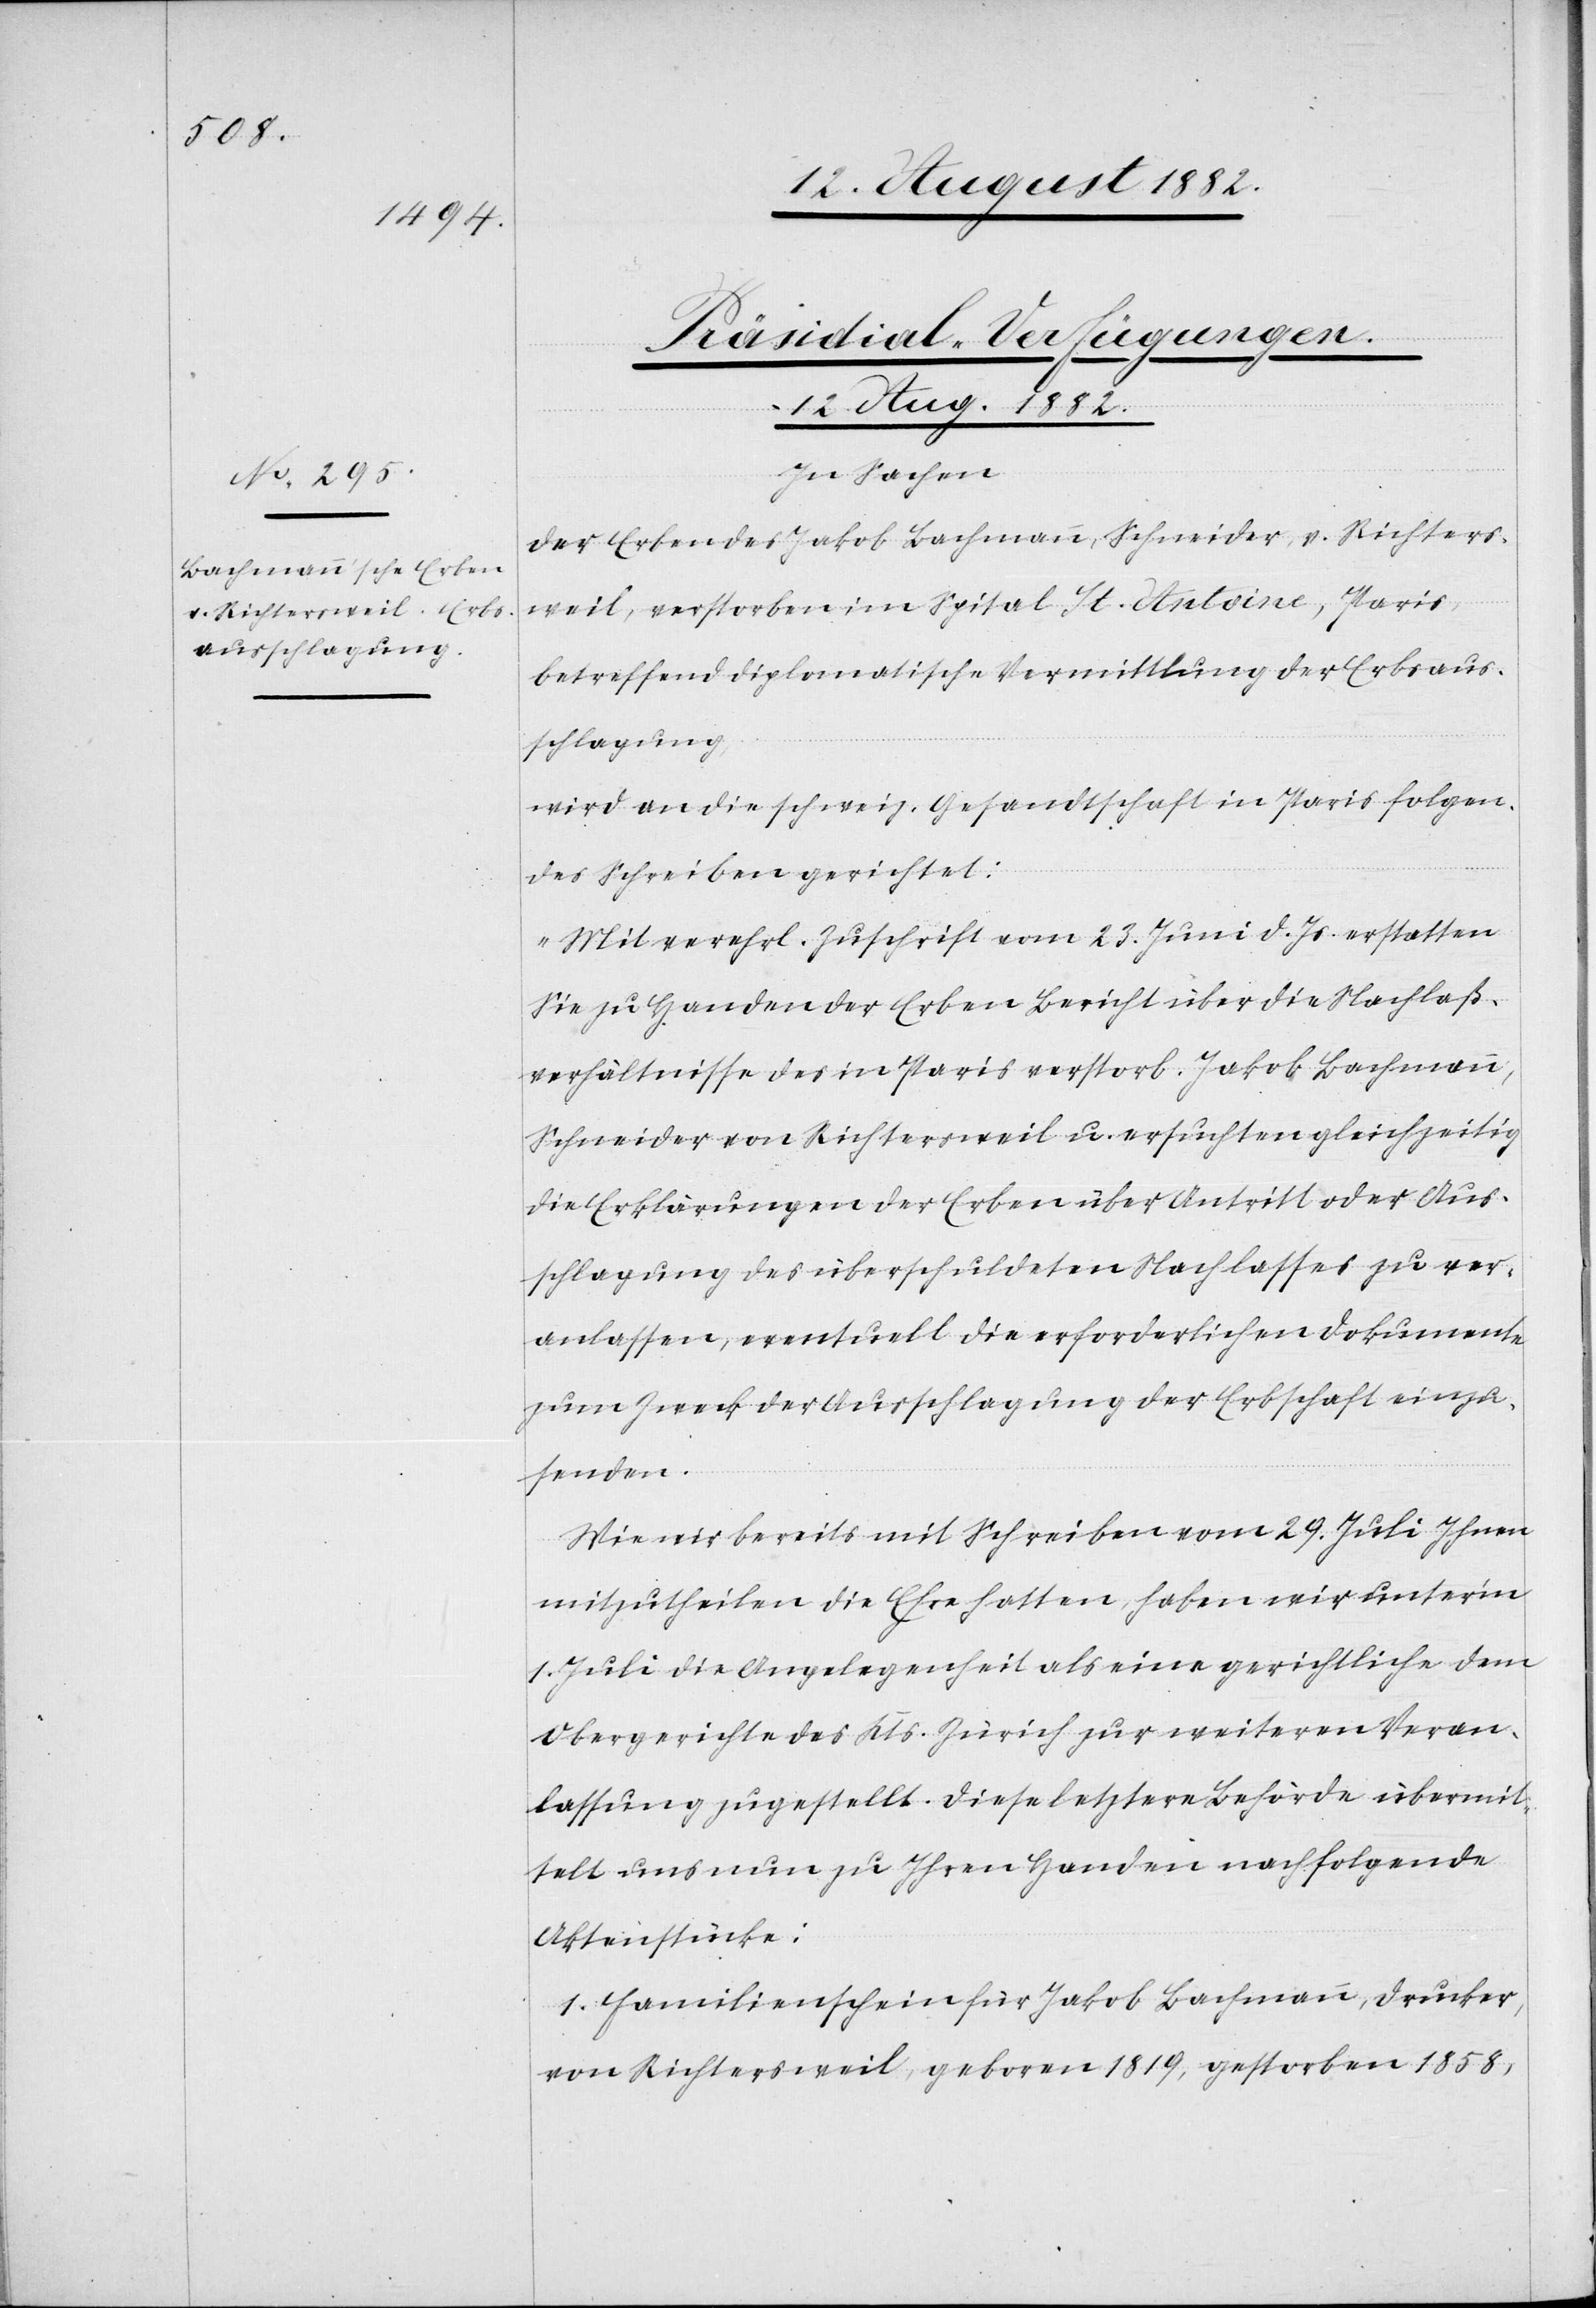
12. August 1882.
Präsidial-Verfügungen.
In Sachen
der Erben des Jakob Bachmann, Schneider, v. Richters¬
weil, verstorben im Spital St. Antoine, Paris,
betreffend diplomatische Vermittlung der Erbsaus¬
schlagung,
wird an die schweiz. Gesandtschaft in Paris folgen¬
des Schreiben gerichtet:
„Mit verehrl. Zuschrift vom 23. Juni d. Js. erstatten
Sie zu Handen der Erben Bericht über die Nachlaß¬
verhältnisse des in Paris verstorb. Jakob Bachmann,
Schneider von Richtersweil u. ersuchten gleichzeitig
die Erklärungen der Erben über Antritt oder Aus¬
schlagung des überschuldeten Nachlasses zu ver¬
anlassen, eventuell die erforderlichen Dokumente
zum Zweck der Ausschlagung der Erbschaft einzu¬
senden.
Wie wir bereits mit Schreiben vom 29. Juli Ihnen
mitzutheilen die Ehre hatten, haben wir unter’m
1. Juli die Angelegenheit als eine gerichtliche dem
Obergerichte des Kts. Zürich zur weitern Veran¬
lassung zugestellt. Diese letztere Behörde übermit¬
telt uns nun zu Ihren Handen nachfolgende
Aktenstücke:
1. Familienschein für Jakob Bachmann, Drucker,
von Richtersweil, geboren 1819, gestorben 1858,